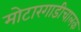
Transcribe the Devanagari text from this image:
मोटारगाडीचालक